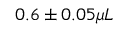
0 . 6 \pm 0 . 0 5 \mu L